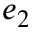
e _ { 2 }